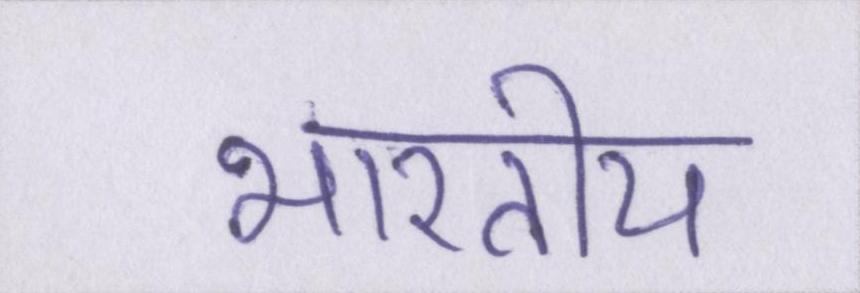
भारतीय